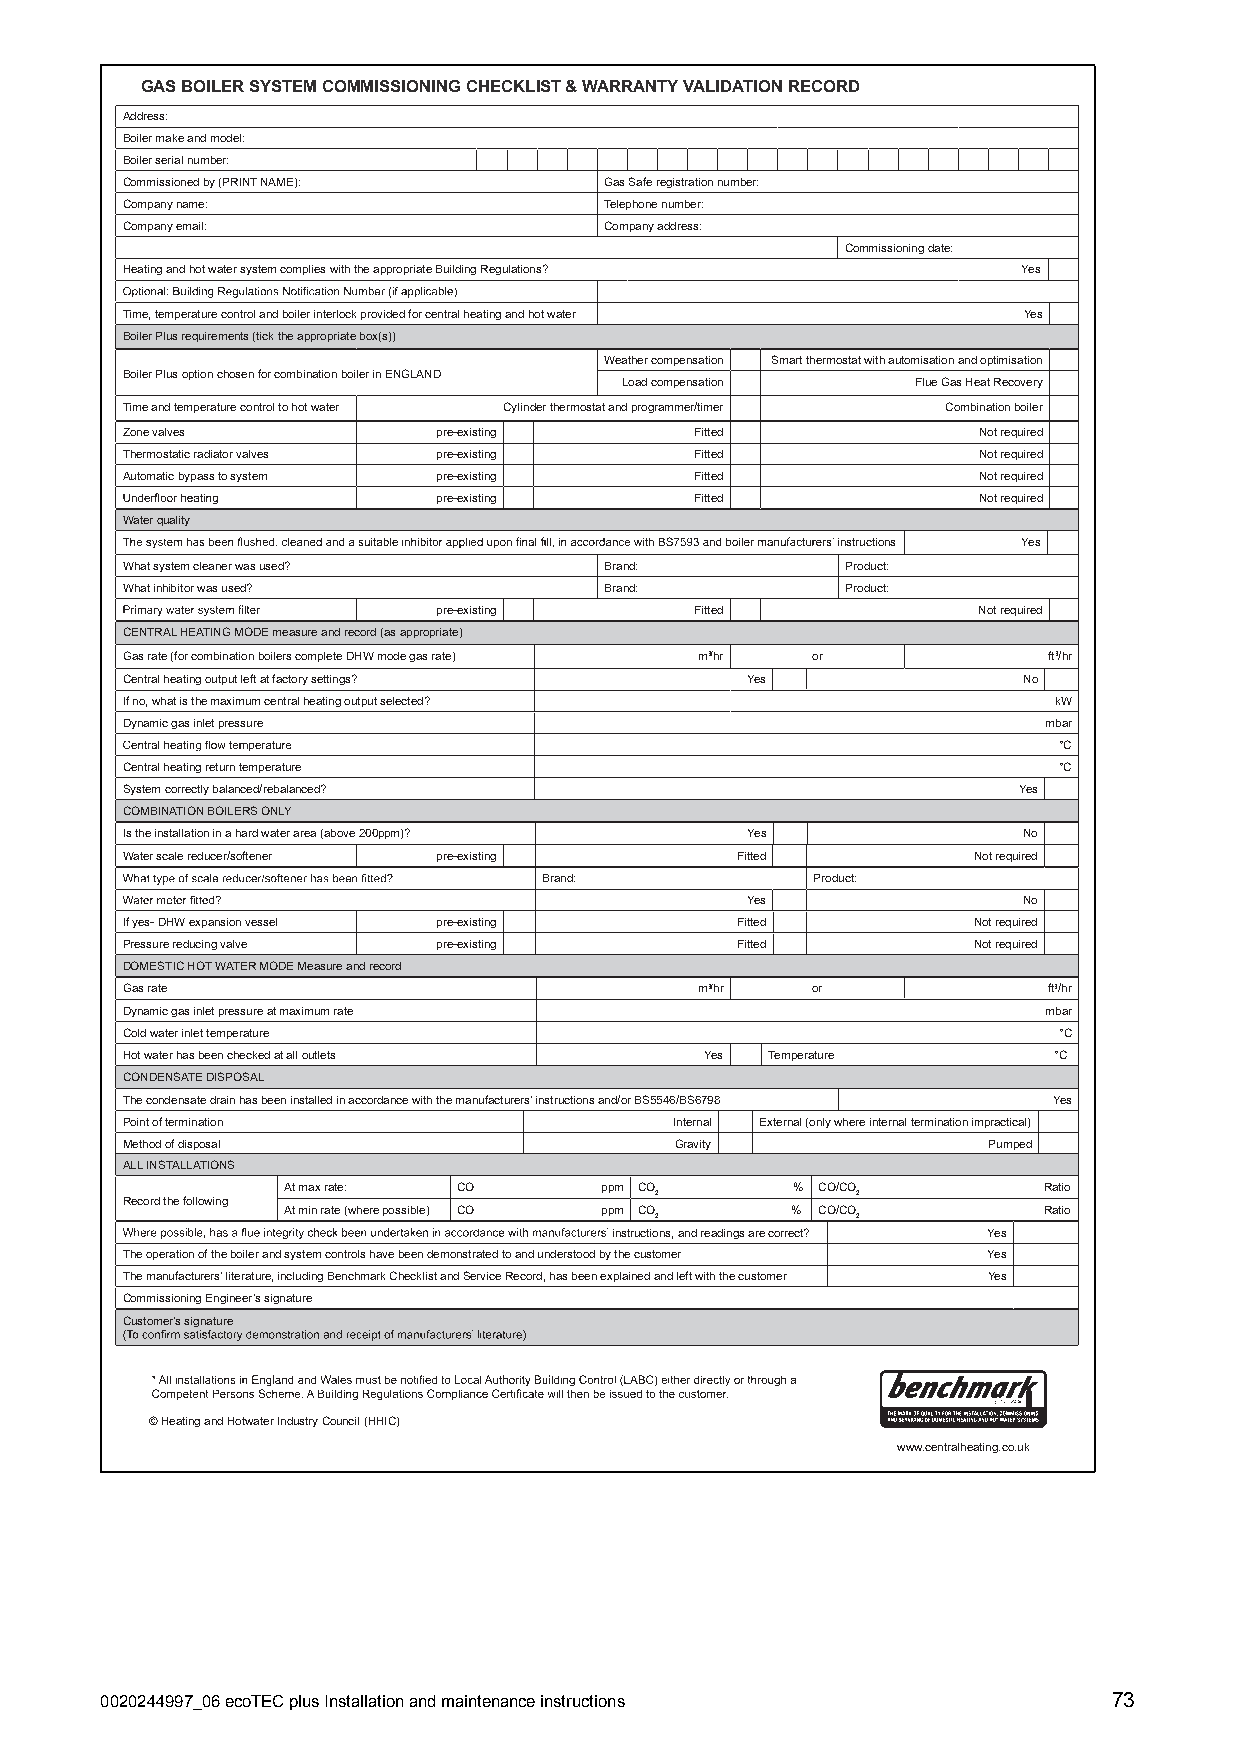
GAS BOILER SYSTEM COMMISSIONING CHECKLIST & WARRANTY VALIDATION RECORD
 Address:
 Boiler make and model:
 Boiler serial number:
 Commissioned by (PRINT NAME):   Gas Safe registration number:
 Company name:                   Telephone number:
 Company email:                  Company address:
 Commissioning date:
 Heating and hot water system complies with the appropriate Building Regulations? Yes
 Time, temperature control and boiler interlock provided for central heating and hot water Yes
 Boiler Plus requirements (tick the appropriate box(s))
 Weather compensation Smart thermostat with automisation and optimisation
 Boiler Plus option chosen for combination boiler in ENGLAND
 Load compensation   Flue Gas Heat Recovery
 Time and temperature control to hot water Cylinder thermostat and programmer/timer Combination boiler
 Zone valves          pre-existing     Fitted             Not required
 Thermostatic radiator valves pre-existing Fitted         Not required
 Automatic bypass to system pre-existing Fitted           Not required
 pre-existing     Fitted             Not required
 Water quality
 instructions Yes
 What system cleaner was used?   Brand:          Product:
 What inhibitor was used?        Brand:          Product:
 pre-existing     Fitted             Not required
 CENTRAL HEATING MODE measure and record (as appropriate)
 Gas rate (for combination boilers complete DHW mode gas rate) m3/hr or ft3/hr
 Central heating output left at factory settings? Yes        No
 If no, what is the maximum central heating output selected?   kW
 Dynamic gas inlet pressure                                   mbar
 °C
 Central heating return temperature                            °C
 System correctly balanced/rebalanced?                      Yes
 COMBINATION BOILERS ONLY
 Is the installation in a hard water area (above 200ppm)? Yes No
 Water scale reducer/softener pre-existing Fitted        Not required
 Brand:            Product:
 Yes                No
 If yes- DHW expansion vessel pre-existing Fitted        Not required
 Pressure reducing valve pre-existing     Fitted         Not required
 DOMESTIC HOT WATER MODE Measure and record
 Gas rate                              m3/hr   or             ft3/hr
 Dynamic gas inlet pressure at maximum rate                   mbar
 Cold water inlet temperature                                  °C
 Hot water has been checked at all outlets Yes Temperature     °C
 CONDENSATE DISPOSAL
 The condensate drain has been installed in accordance with the manufacturers’ instructions and/or BS5546/BS6798 Yes
 Point of termination                 Internal External (only where internal termination impractical)
 Method of disposal                   Gravity             Pumped
 ALL INSTALLATIONS
 At max rate: CO      ppm CO      % CO/CO          Ratio
 2             2
 Record the following
 At min rate (where possible) CO ppm CO % CO/CO    Ratio
 2             2
 instructions, and readings are correct? Yes
 The operation of the boiler and system controls have been demonstrated to and understood by the customer Yes
 The manufacturers’ literature, including Benchmark Checklist and Service Record, has been explained and left with the customer Yes
 Commissioning Engineer’s signature
 Customer’s signature
 © Heating and Hotwater Industry Council (HHIC)
 www.centralheating.co.uk
 0020244997_06ecoTECplusInstallationandmaintenanceinstructions      73